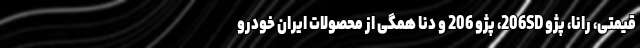
قیمتی، رانا، پژو 206SD، پژو 206 و دنا همگی از محصولات ایران خودرو